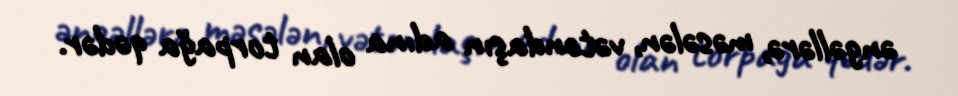
əngəllərə, məsələn, vətəndaşın adına olan torpağa qədər.